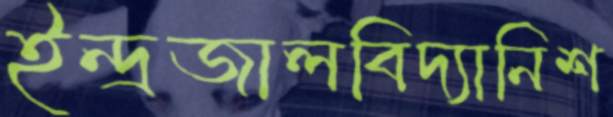
ইন্দ্রজালবিদ্যানিশ